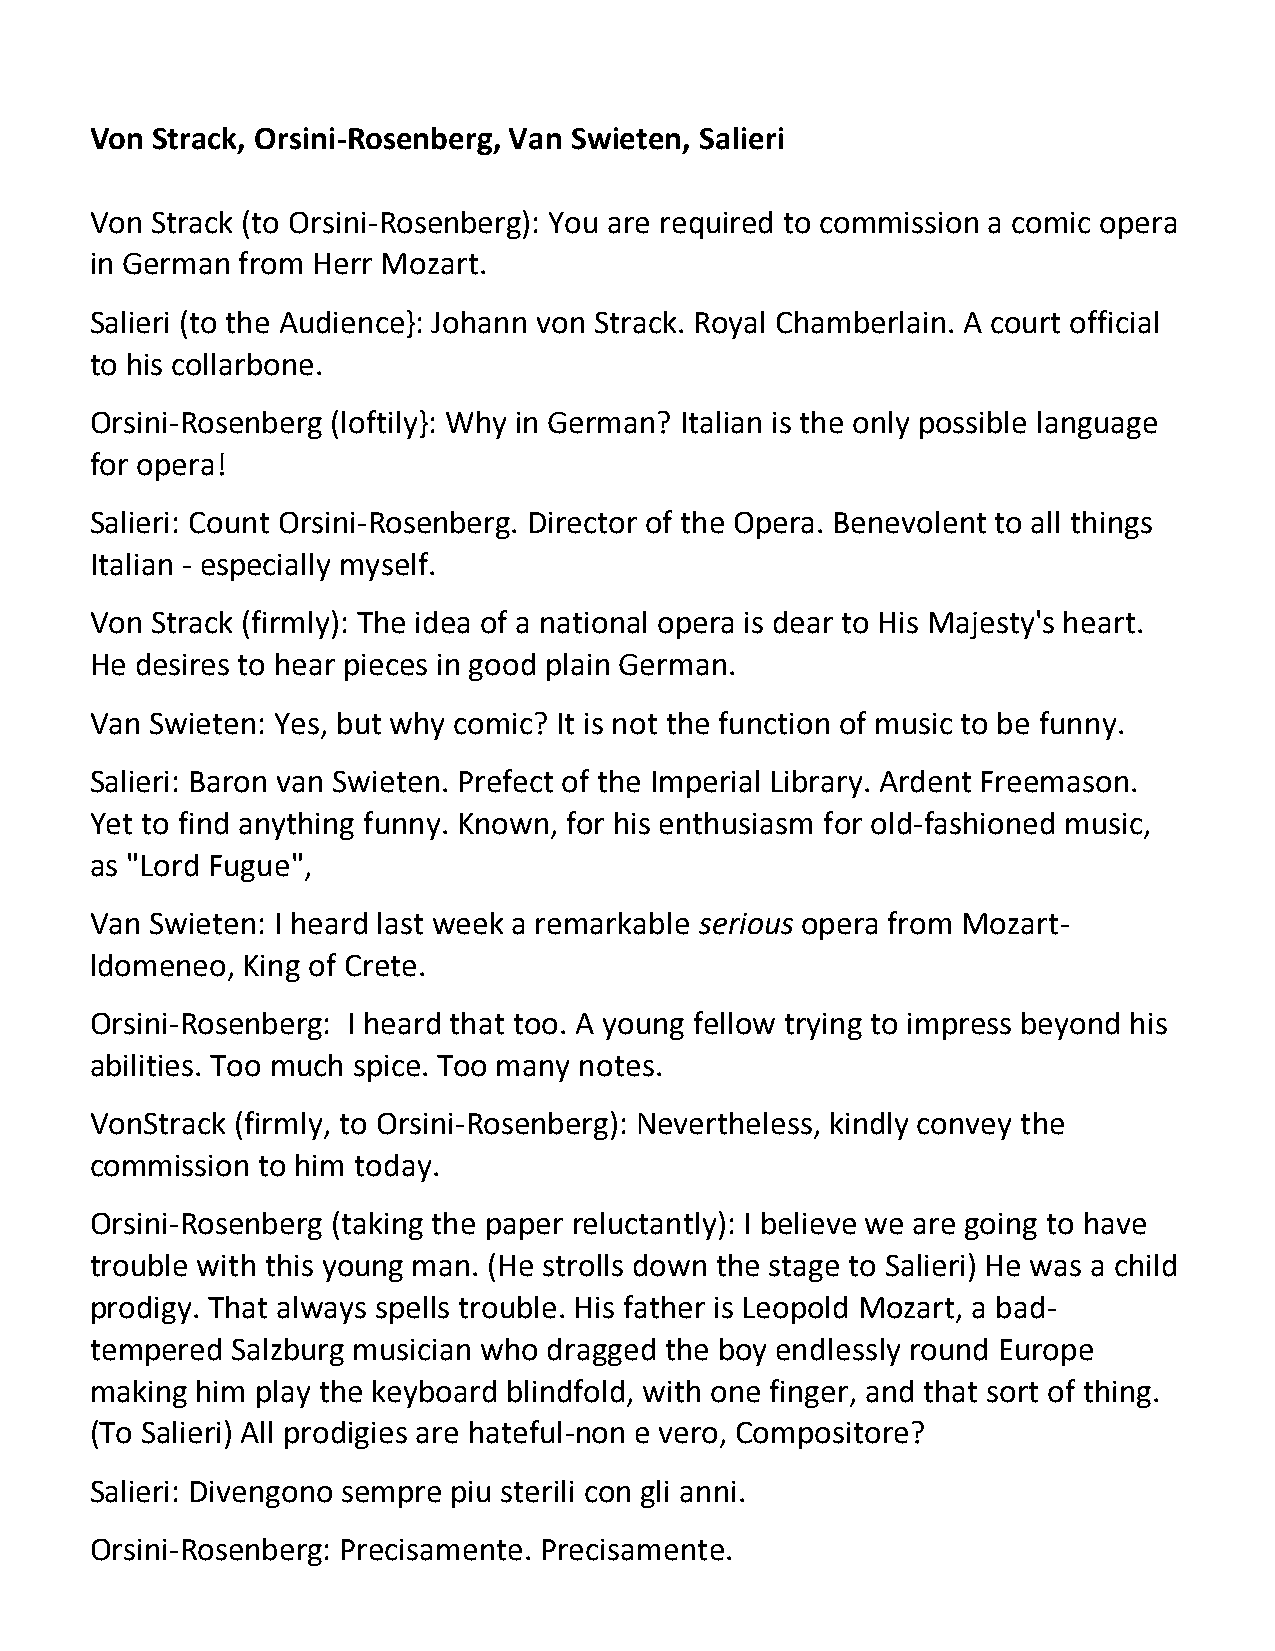
Von Strack, Orsini-Rosenberg, Van Swieten, Salieri
 Von Strack (to Orsini-Rosenberg): You are required to commission a comic opera
 in German from Herr Mozart.
 Salieri (to the Audience}: Johann von Strack. Royal Chamberlain. A court official
 to his collarbone.
 Orsini-Rosenberg (loftily}: Why in German? Italian is the only possible language
 for opera!
 Salieri: Count Orsini-Rosenberg. Director of the Opera. Benevolent to all things
 Italian - especially myself.
 Von Strack (firmly): The idea of a national opera is dear to His Majesty's heart.
 He desires to hear pieces in good plain German.
 Van Swieten: Yes, but why comic? It is not the function of music to be funny.
 Salieri: Baron van Swieten. Prefect of the Imperial Library. Ardent Freemason.
 Yet to find anything funny. Known, for his enthusiasm for old-fashioned music,
 as "Lord Fugue",
 Van Swieten: I heard last week a remarkable serious opera from Mozart-
 ldomeneo, King of Crete.
 Orsini-Rosenberg: I heard that too. A young fellow trying to impress beyond his
 abilities. Too much spice. Too many notes.
 VonStrack (firmly, to Orsini-Rosenberg): Nevertheless, kindly convey the
 commission to him today.
 Orsini-Rosenberg (taking the paper reluctantly): I believe we are going to have
 trouble with this young man. (He strolls down the stage to Salieri) He was a child
 prodigy. That always spells trouble. His father is Leopold Mozart, a bad-
 tempered Salzburg musician who dragged the boy endlessly round Europe
 making him play the keyboard blindfold, with one finger, and that sort of thing.
 (To Salieri) All prodigies are hateful-non e vero, Compositore?
 Salieri: Divengono sempre piu sterili con gli anni.
 Orsini-Rosenberg: Precisamente. Precisamente.